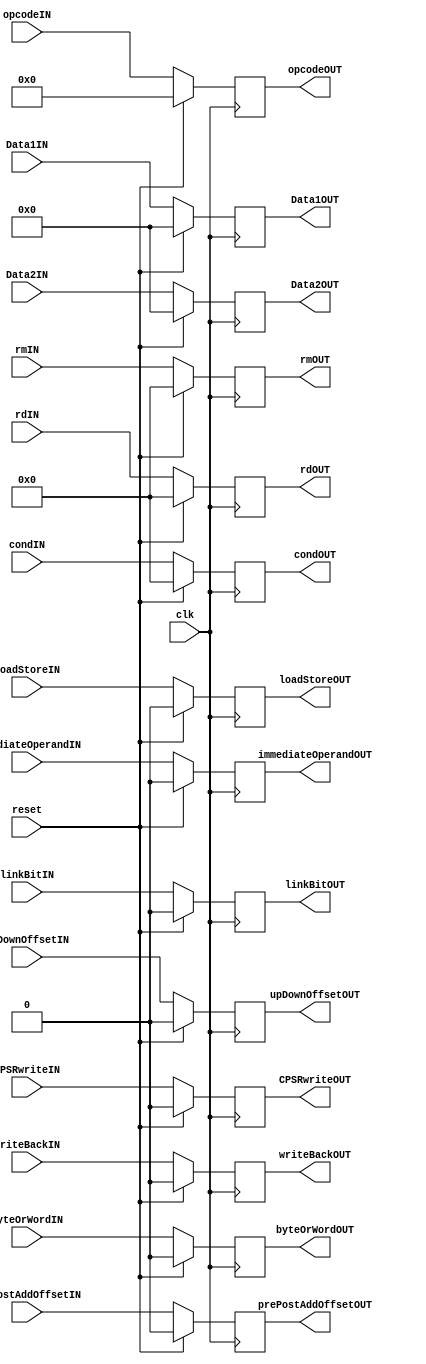
module registerFetchRegister(Data1IN, Data2IN, linkBitIN, prePostAddOffsetIN, upDownOffsetIN,
												byteOrWordIN, writeBackIN, loadStoreIN, rdIN, rmIN, opcodeIN,
												condIN, CPSRwriteIN, immediateOperandIN,
												
												Data1OUT, Data2OUT, linkBitOUT, prePostAddOffsetOUT, upDownOffsetOUT,
												byteOrWordOUT, writeBackOUT, loadStoreOUT, rdOUT, rmOUT, opcodeOUT,
												condOUT, CPSRwriteOUT, immediateOperandOUT, 
												
												reset, clk);


										
												
												
	input wire [31:0] Data1IN;
	input wire [31:0] Data2IN;
	input wire linkBitIN, prePostAddOffsetIN, upDownOffsetIN, byteOrWordIN, writeBackIN, loadStoreIN, CPSRwriteIN, immediateOperandIN, reset, clk;
	input wire [3:0] rdIN, rmIN;
	input wire [4:0] opcodeIN;
	input wire [3:0] condIN;

					

   output reg [31:0] Data1OUT;
	output reg [31:0] Data2OUT;
	output reg linkBitOUT, prePostAddOffsetOUT, upDownOffsetOUT, byteOrWordOUT, writeBackOUT, loadStoreOUT, CPSRwriteOUT, immediateOperandOUT;
	output reg [3:0] rdOUT, rmOUT;
	output reg [4:0] opcodeOUT;
	output reg [3:0] condOUT;


													

													
													
	 always @(posedge clk) begin
		 if (reset) begin
			// On reset, set to 0
			Data1OUT <= 0;
			Data2OUT <= 0;
			linkBitOUT <= 0;
			prePostAddOffsetOUT <= 0;
			upDownOffsetOUT <= 0;
			byteOrWordOUT <= 0;
			writeBackOUT <= 0;
			loadStoreOUT <= 0;
			rdOUT <= 0;
			rmOUT <= 0;
			opcodeOUT <= 0;
			condOUT <= 0;
			CPSRwriteOUT <= 0;
			immediateOperandOUT <= 0;
		 end
		 else begin
			Data1OUT <= Data1IN;
			Data2OUT <= Data2IN;
			linkBitOUT <= linkBitIN;
			prePostAddOffsetOUT <= prePostAddOffsetIN;
			upDownOffsetOUT <= upDownOffsetIN;
			byteOrWordOUT <= byteOrWordIN;
			writeBackOUT <= writeBackIN;
			loadStoreOUT <= loadStoreIN;
			rdOUT <= rdIN;
			rmOUT <= rmIN;
			opcodeOUT <= opcodeIN;
			condOUT <= condIN;
			CPSRwriteOUT <= CPSRwriteIN;
			immediateOperandOUT <= immediateOperandIN;							
		end			
	 end
endmodule